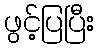
ဖွင့်ပြပြီး